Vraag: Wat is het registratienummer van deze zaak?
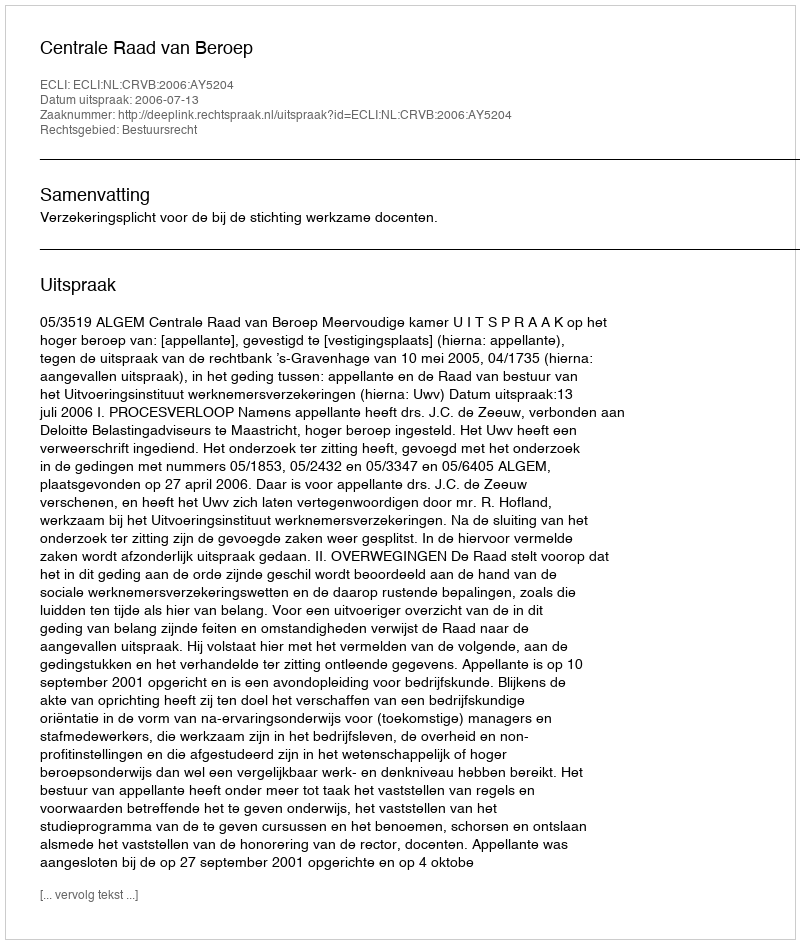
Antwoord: http://deeplink.rechtspraak.nl/uitspraak?id=ECLI:NL:CRVB:2006:AY5204